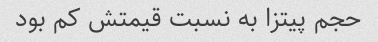
حجم پیتزا به نسبت قیمتش کم بود